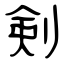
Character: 剣